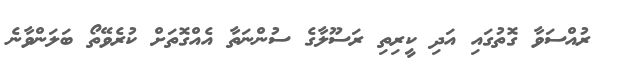
ރުއްސަވާ ގޮތުގައި އަދި ކީރިތި ރަސޫލާގެ ސުންނަތާ އެއްގޮތަށް ކުރެވޭތޯ ބަލަންވާނެ